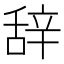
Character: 辞